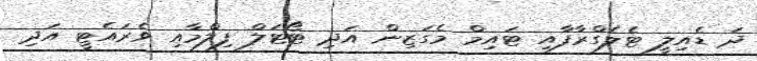
ދަ ޑެއިލީ ޓެލެގްރާފާއި ޓައިމް މެގަޒިން އަދި ޓޯޓަލް ފިލްމާއި ވެރައެޓީ އަދި